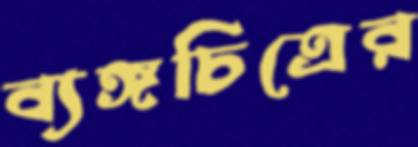
ব্যঙ্গচিত্রের